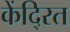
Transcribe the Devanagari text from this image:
केंदि्रत